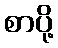
စာပို့